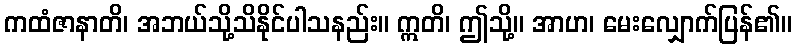
ကထံဇာနာတိ၊ အဘယ်သို့သိနိုင်ပါသနည်း။ ဣတိ၊ ဤသို့။ အာဟ၊ မေးလျှောက်ပြန်၏။